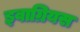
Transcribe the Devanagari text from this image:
इवाग्रियस